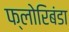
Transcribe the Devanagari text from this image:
फ्लोरिबंडा